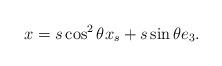
LaTeX: \begin{align*} x=s \cos^2 \theta x_s + s \sin \theta e_3.\end{align*}